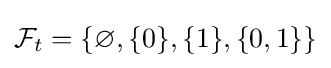
{\mathcal {F}}_{t}=\{\varnothing ,\{0\},\{1\},\{0,1\}\}